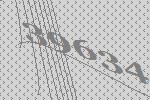
39634